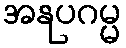
အနုပဂမ္မ